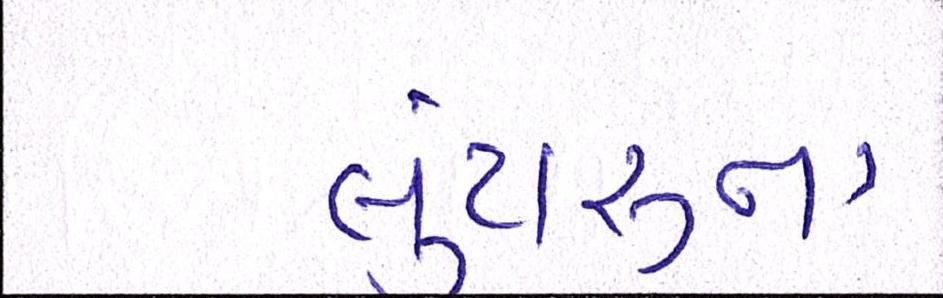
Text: લૂંટારુના